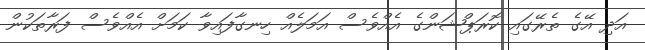
އަދި އޭގެ ތެރޭގައި ކޮރަޕްޝަންގެ އެއްވެސް އަމަލެއް ހިނގާފައިވާ ކަމަށް އެއްވެސް ފަރާތަކުން